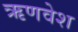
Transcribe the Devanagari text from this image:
ऋणवेश